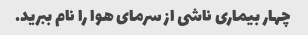
چهار بیماری ناشی از سرمای هوا را نام ببرید.